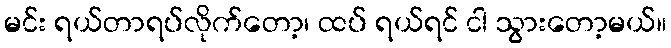
မင်း ရယ်တာရပ်လိုက်တော့၊ ထပ် ရယ်ရင် ငါ သွားတော့မယ်။